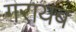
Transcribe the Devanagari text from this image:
गरायब